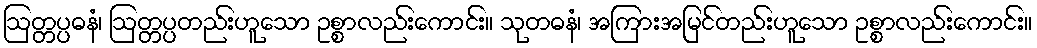
ဩတ္တပ္ပဓနံ၊ ဩတ္တပ္ပတည်းဟူသော ဥစ္စာလည်းကောင်း။ သုတဓနံ၊ အကြားအမြင်တည်းဟူသော ဥစ္စာလည်းကောင်း။